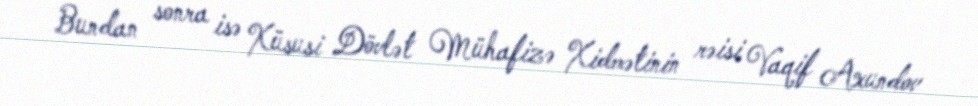
Bundan sonra isə Xüsusi Dövlət Mühafizə Xidmətinin rəisi Vaqif Axundov